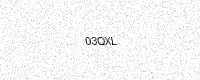
Text: 03QXL